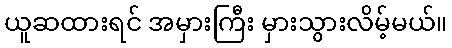
ယူဆထားရင် အမှားကြီး မှားသွားလိမ့်မယ်။